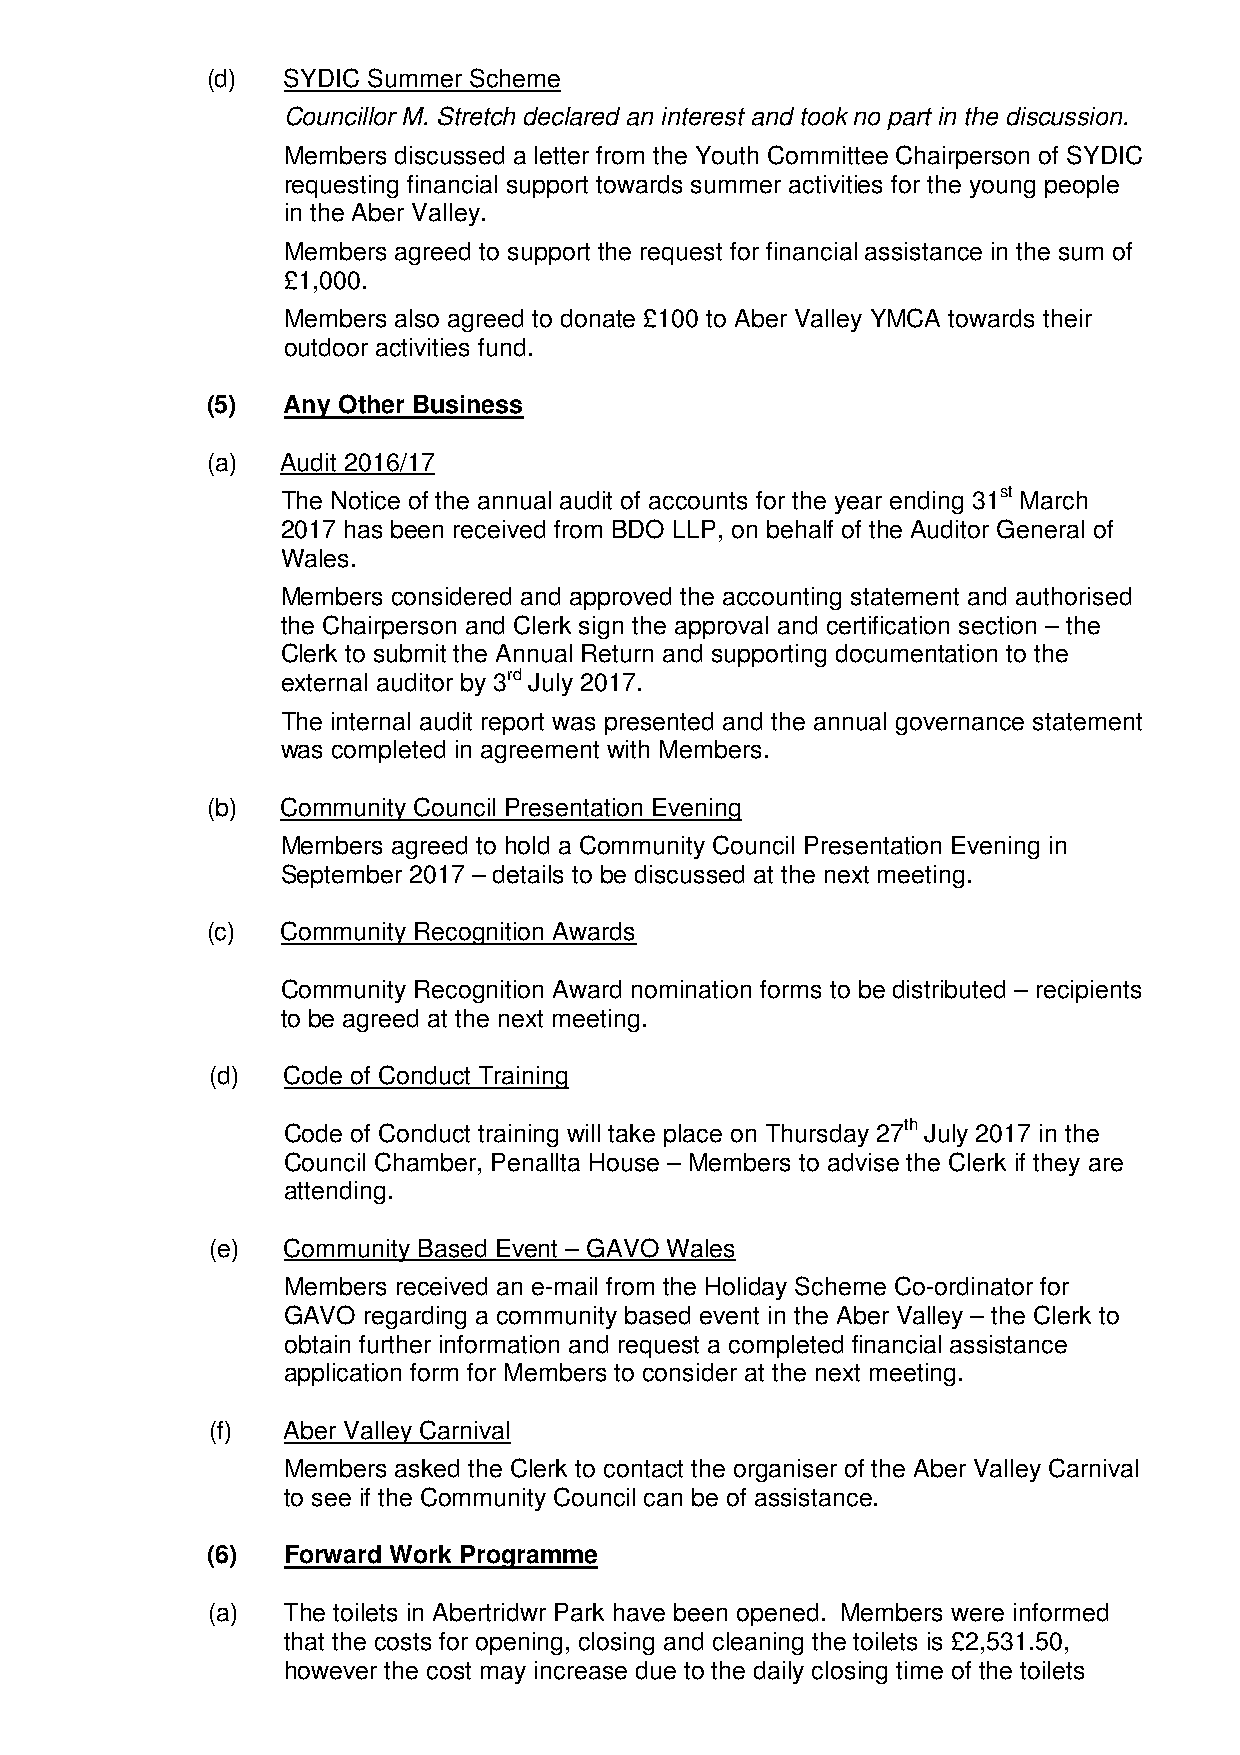
(d)  SYDIC Summer Scheme
 Councillor M. Stretch declared an interest and took no part in the discussion.
 Members discussed a letter from the Youth Committee Chairperson of SYDIC
 requesting financial support towards summer activities for the young people
 in the Aber Valley.
 Members agreed to support the request for financial assistance in the sum of
 £1,000.
 Members also agreed to donate £100 to Aber Valley YMCA towards their
 outdoor activities fund.
 (5)  Any Other Business
 (a)  Audit 2016/17
 The Notice of the annual audit of accounts for the year ending 31st March
 2017 has been received from BDO LLP, on behalf of the Auditor General of
 Wales.
 Members considered and approved the accounting statement and authorised
 the Chairperson and Clerk sign the approval and certification section – the
 Clerk to submit the Annual Return and supporting documentation to the
 external auditor by 3rd July 2017.
 The internal audit report was presented and the annual governance statement
 was completed in agreement with Members.
 (b)  Community Council Presentation Evening
 Members agreed to hold a Community Council Presentation Evening in
 September 2017 – details to be discussed at the next meeting.
 (c)  Community Recognition Awards
 Community Recognition Award nomination forms to be distributed – recipients
 to be agreed at the next meeting.
 (d)  Code of Conduct Training
 Code of Conduct training will take place on Thursday 27th July 2017 in the
 Council Chamber, Penallta House – Members to advise the Clerk if they are
 attending.
 (e)  Community Based Event – GAVO Wales
 Members received an e-mail from the Holiday Scheme Co-ordinator for
 GAVO regarding a community based event in the Aber Valley – the Clerk to
 obtain further information and request a completed financial assistance
 application form for Members to consider at the next meeting.
 (f)  Aber Valley Carnival
 Members asked the Clerk to contact the organiser of the Aber Valley Carnival
 to see if the Community Council can be of assistance.
 (6)  Forward Work Programme
 (a)  The toilets in Abertridwr Park have been opened. Members were informed
 that the costs for opening, closing and cleaning the toilets is £2,531.50,
 however the cost may increase due to the daily closing time of the toilets